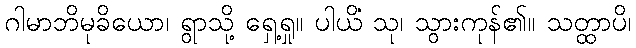
ဂါမာဘိမုခိယော၊ ရွာသို့ ရှေ့ရှု။ ပါယိံ သု၊ သွားကုန်၏။ သတ္ထာပိ၊